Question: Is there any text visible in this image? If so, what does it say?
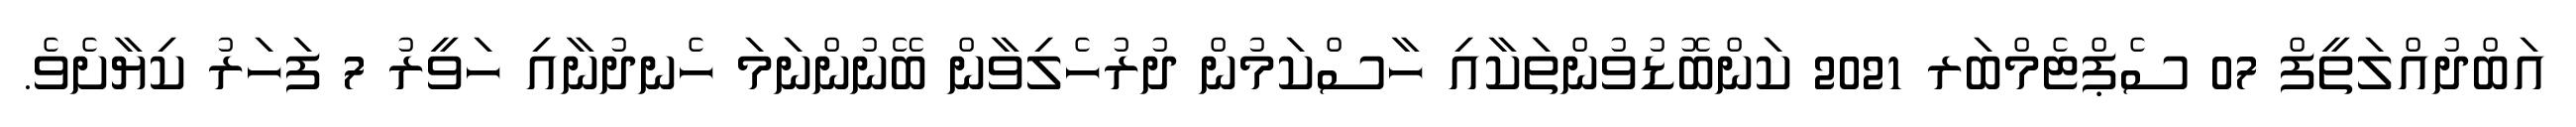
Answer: އަބްދުއްލަތީފް 07 ސެޕްޓެމްބަރ 2021 ކަންބޮޑުވުންތަކާއި ހާސްކަމުން ދުރުހެލިވާން ބޭނުންނަމަ ހެނދުނާއި ހަވީރު 7 ފަހަރު ކިޔާށެވެ.